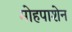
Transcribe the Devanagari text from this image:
मोहपाशेन